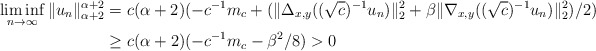
\begin{align*}\liminf_{n\to\infty}\|u_n\|_{\alpha+2}^{\alpha+2}&=c(\alpha+2)(-c^{-1}m_c+(\|\Delta_{x,y}((\sqrt{c})^{-1}u_n)\|_{2}^2+\beta\|\nabla_{x,y}((\sqrt{c})^{-1} u_n)\|_2^2)/2)\\&\geq c(\alpha+2)(-c^{-1}m_c-\beta^2/8)>0\end{align*}